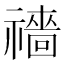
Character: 𥜎